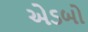
એડબો